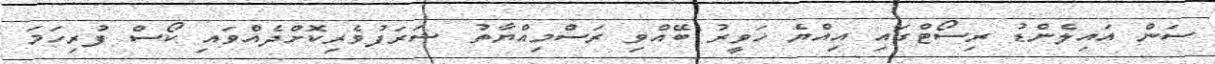
ސަން އައިލެންޑު ރިސޯޓްގައި އިއްޔެ ހަވީރު ބޭއްވި ރަސްމިއްޔާތު ޝަރަފުވެރިކޮށްދެއްވައި ކޯސް ފުރިހަމަ